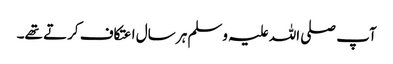
آپ صلی اللہ علیہ وسلم ہر سال اعتکاف کرتے تھے۔